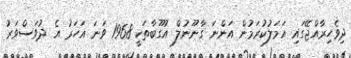
ދިވެހިރާއްޖޭގައި އަމަލުކުރަމުން އަންނަ ގާނޫނުލް އުގޫބާތަކީ 1968 ވަނަ އަހަރު އެ ދުވަސްވަރު